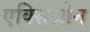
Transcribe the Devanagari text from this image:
एक्सिओन